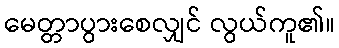
မေတ္တာပွားစေလျှင် လွယ်ကူ၏။